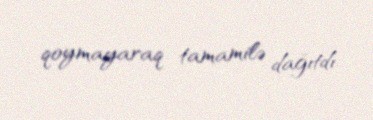
qoymayaraq tamamilə dağıtdı.